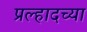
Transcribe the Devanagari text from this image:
प्रल्हादच्या